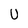
Character: U